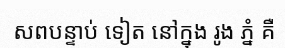
សពបន្ទាប់ ទៀត នៅក្នុង រូង ភ្នំ គឺ